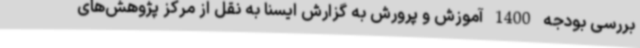
بررسی بودجه 1400 آموزش و پرورش به گزارش ایسنا به نقل از مرکز پژوهش‌های